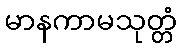
မာနကာမသုတ္တံ